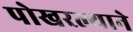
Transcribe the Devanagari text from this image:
पोखरल्याने